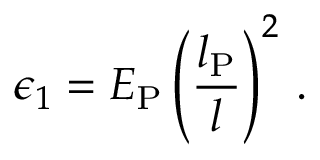
\epsilon _ { 1 } = E _ { \mathrm { P } } \left( \frac { l _ { \mathrm { P } } } { l } \right) ^ { 2 } \, .